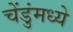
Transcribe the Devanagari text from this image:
चेंडुंमध्ये